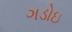
ગડોઇ